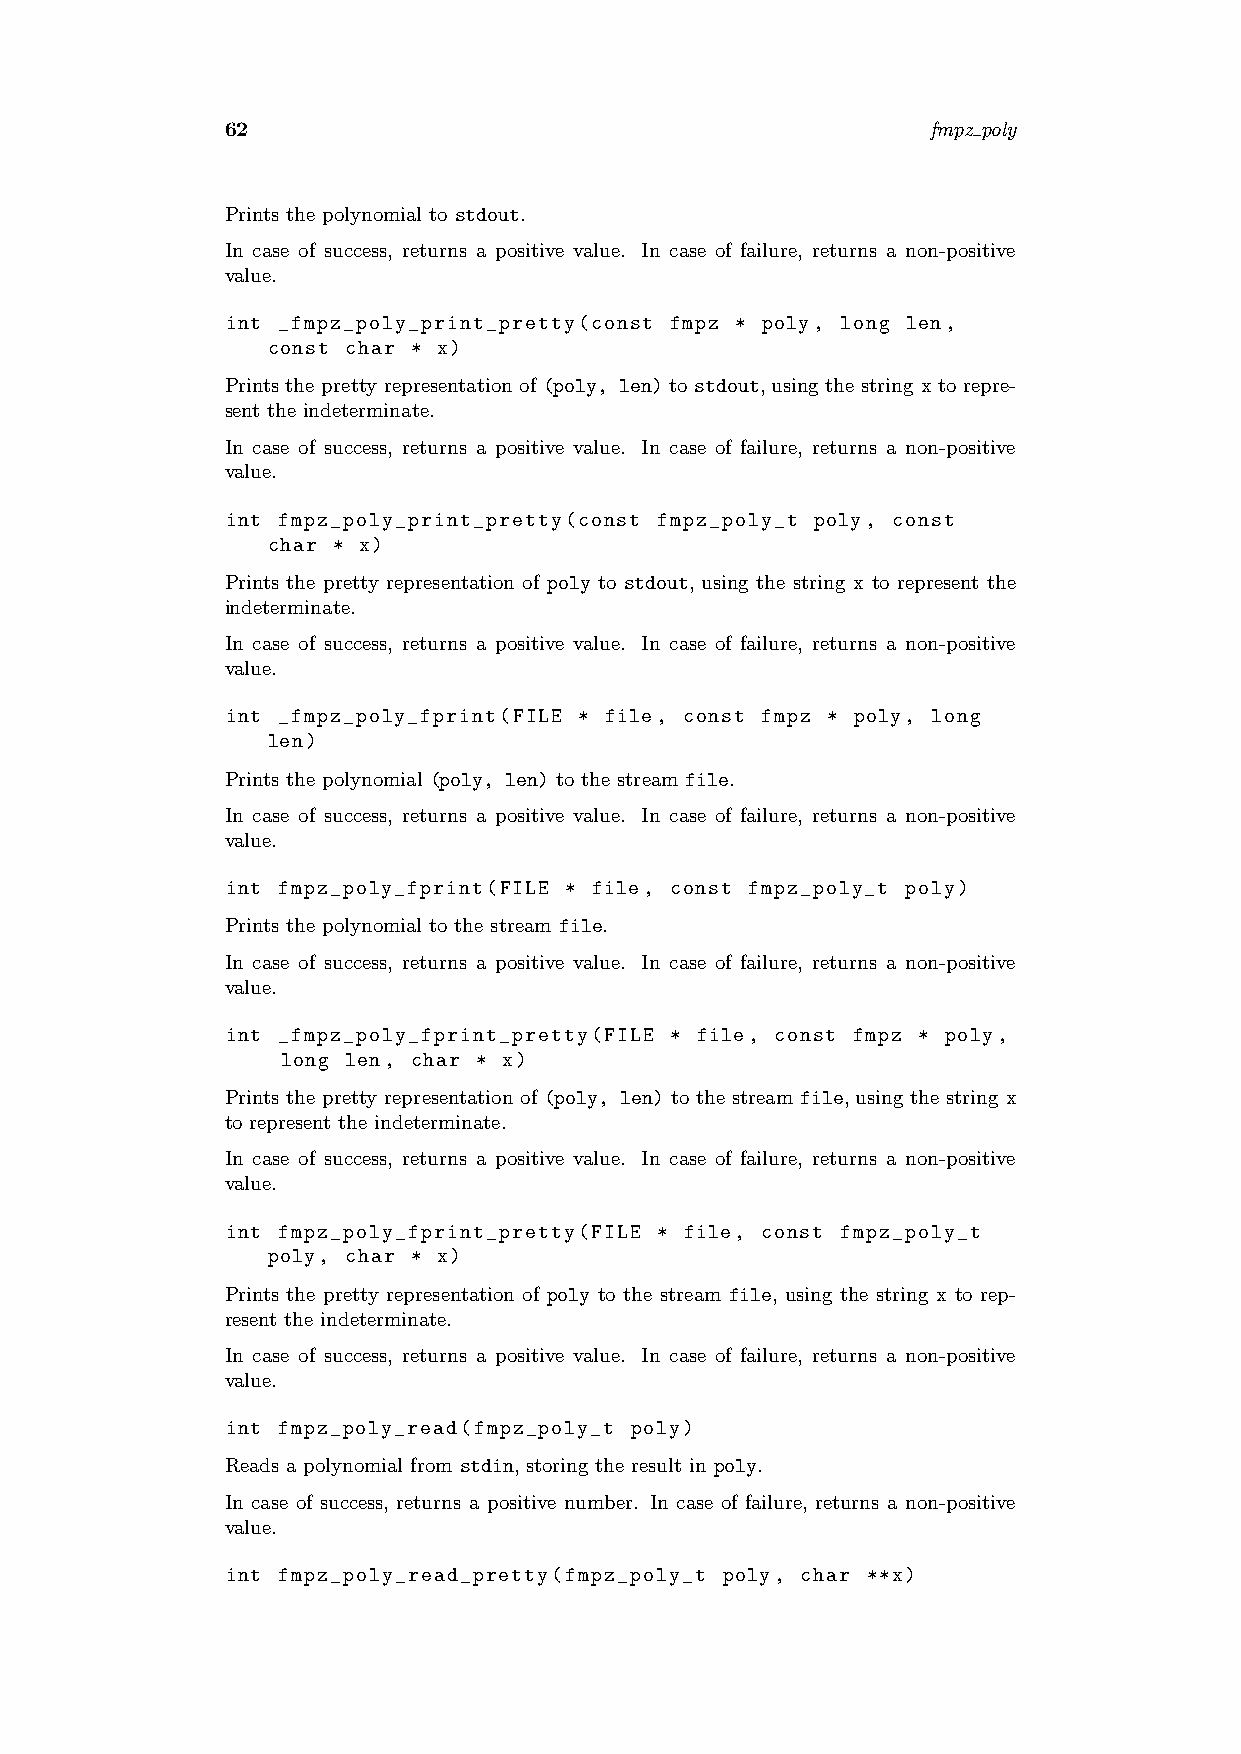
62                                             fmpz poly
 Prints the polynomial to stdout.
 In case of success, returns a positive value. In case of failure, returns a non-positive
 value.
 int _fmpz_poly_print_pretty(const fmpz * poly, long len,
 const char * x)
 Prints the pretty representation of (poly, len) to stdout, using the string x to repre-
 sent the indeterminate.
 In case of success, returns a positive value. In case of failure, returns a non-positive
 value.
 int fmpz_poly_print_pretty(const fmpz_poly_t poly, const
 char * x)
 Prints the pretty representation of poly to stdout, using the string x to represent the
 indeterminate.
 In case of success, returns a positive value. In case of failure, returns a non-positive
 value.
 int _fmpz_poly_fprint(FILE * file, const fmpz * poly, long
 len)
 Prints the polynomial (poly, len) to the stream file.
 In case of success, returns a positive value. In case of failure, returns a non-positive
 value.
 int fmpz_poly_fprint(FILE * file, const fmpz_poly_t poly)
 Prints the polynomial to the stream file.
 In case of success, returns a positive value. In case of failure, returns a non-positive
 value.
 int _fmpz_poly_fprint_pretty(FILE * file, const fmpz * poly,
 long len, char * x)
 Prints the pretty representation of (poly, len) to the stream file, using the string x
 to represent the indeterminate.
 In case of success, returns a positive value. In case of failure, returns a non-positive
 value.
 int fmpz_poly_fprint_pretty(FILE * file, const fmpz_poly_t
 poly, char * x)
 Prints the pretty representation of poly to the stream file, using the string x to rep-
 resent the indeterminate.
 In case of success, returns a positive value. In case of failure, returns a non-positive
 value.
 int fmpz_poly_read(fmpz_poly_t poly)
 Reads a polynomial from stdin, storing the result in poly.
 In case of success, returns a positive number. In case of failure, returns a non-positive
 value.
 int fmpz_poly_read_pretty(fmpz_poly_t poly, char **x)